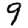
Digit: 9